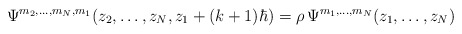
\begin{align*}\Psi^{m_2,\ldots,m_N,m_1}(z_2,\ldots,z_N,z_1+(k+1)\hbar)=\rho\, \Psi^{m_1,\ldots,m_N}(z_1,\ldots,z_N)\end{align*}